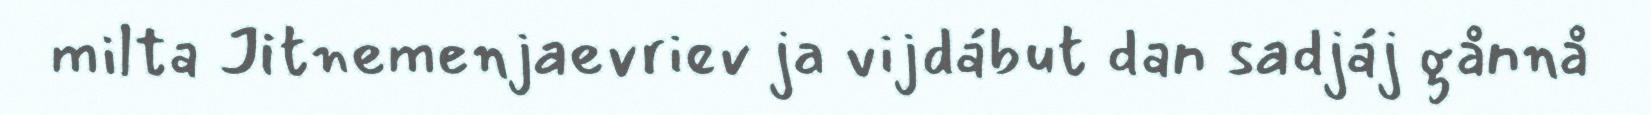
milta Jitnemenjaevriev ja vijdábut dan sadjáj gånnå